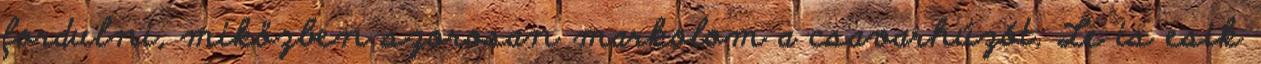
fordulni, miközben szorosan markolom a csavarhúzót. Le is esik